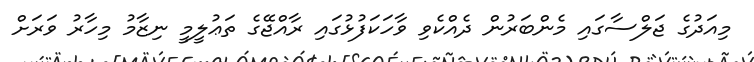
މިއަދުގެ ޖަލްސާގައި މެންބަރުން ދެއްކެވި ވާހަކަފުޅުގައި ރާއްޖޭގެ ތަޢުލީމީ ނިޒާމު މިހާރު ވަރަށް